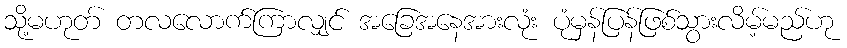
သို့မဟုတ် တလလောက်ကြာလျှင် အခြေအနေအားလုံး ပုံမှန်ပြန်ဖြစ်သွားလိမ့်မည်ဟု